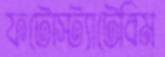
ফটোস্ট্যাটেবিম